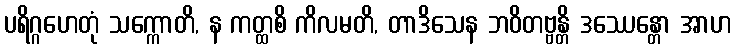
ပရိဂ္ဂဟေတုံ သက္ကောတိ, န ကတ္ထစိ ကိလမတိ, တာဒိသေန ဘဝိတဗ္ဗန္တိ ဒဿေန္တော အာဟ